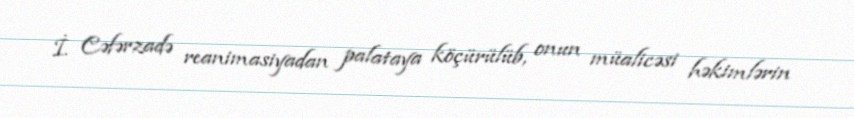
İ. Cəfərzadə reanimasiyadan palataya köçürülüb, onun müalicəsi həkimlərin